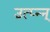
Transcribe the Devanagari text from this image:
उत्प्‍न्न्